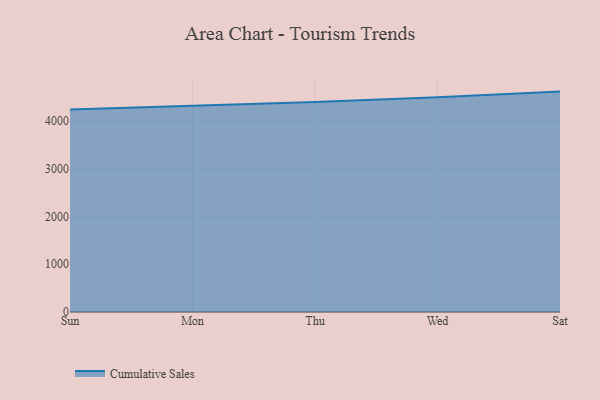
{"axis": {"x": "Day", "y": "Latency (ms)"}, "legend": ["Cumulative Sales"], "data": [{"x": "Sun", "y": 4242.3, "type": "Cumulative Sales"}, {"x": "Mon", "y": 4322.8, "type": "Cumulative Sales"}, {"x": "Thu", "y": 4394.9, "type": "Cumulative Sales"}, {"x": "Wed", "y": 4494.7, "type": "Cumulative Sales"}, {"x": "Sat", "y": 4614.6, "type": "Cumulative Sales"}]}